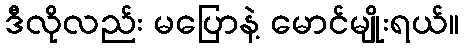
ဒီလိုလည်း မပြောနဲ့ မောင်မျိုးရယ်။